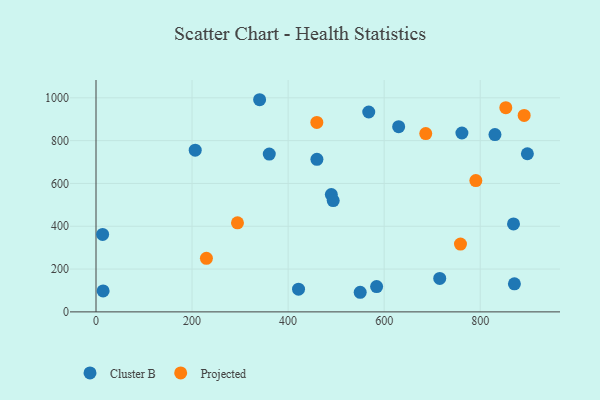
{"axis": {"x": "Speed", "y": "Sales"}, "legend": ["Cluster B", "Projected"], "data": [{"x": "421.7", "y": 105.9, "type": "Cluster B"}, {"x": "630.2", "y": 865.0, "type": "Cluster B"}, {"x": "830.7", "y": 828.3, "type": "Cluster B"}, {"x": "360.8", "y": 737.4, "type": "Cluster B"}, {"x": "490.0", "y": 547.9, "type": "Cluster B"}, {"x": "13.8", "y": 361.7, "type": "Cluster B"}, {"x": "550.1", "y": 91.6, "type": "Cluster B"}, {"x": "493.9", "y": 520.1, "type": "Cluster B"}, {"x": "871.2", "y": 131.1, "type": "Cluster B"}, {"x": "460.0", "y": 712.6, "type": "Cluster B"}, {"x": "869.3", "y": 411.0, "type": "Cluster B"}, {"x": "567.9", "y": 933.8, "type": "Cluster B"}, {"x": "14.8", "y": 97.7, "type": "Cluster B"}, {"x": "761.9", "y": 835.6, "type": "Cluster B"}, {"x": "715.7", "y": 156.3, "type": "Cluster B"}, {"x": "206.6", "y": 755.6, "type": "Cluster B"}, {"x": "898.2", "y": 738.7, "type": "Cluster B"}, {"x": "584.3", "y": 118.3, "type": "Cluster B"}, {"x": "340.7", "y": 991.1, "type": "Cluster B"}, {"x": "459.8", "y": 885.1, "type": "Projected"}, {"x": "229.9", "y": 250.0, "type": "Projected"}, {"x": "686.6", "y": 833.2, "type": "Projected"}, {"x": "790.9", "y": 613.3, "type": "Projected"}, {"x": "853.3", "y": 954.0, "type": "Projected"}, {"x": "294.6", "y": 415.9, "type": "Projected"}, {"x": "891.5", "y": 917.6, "type": "Projected"}, {"x": "758.9", "y": 316.8, "type": "Projected"}]}